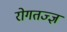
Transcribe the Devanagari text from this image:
रोगतज्ज्ञ